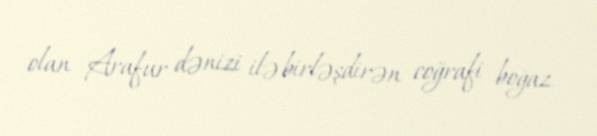
olan Arafur dənizi ilə birləşdirən coğrafi boğaz.